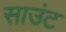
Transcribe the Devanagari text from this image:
साउंट